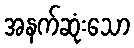
အနက်ဆုံးသော